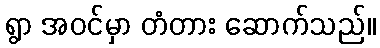
ရွာ အဝင်မှာ တံတား ဆောက်သည်။